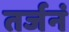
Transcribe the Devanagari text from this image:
तर्जनं